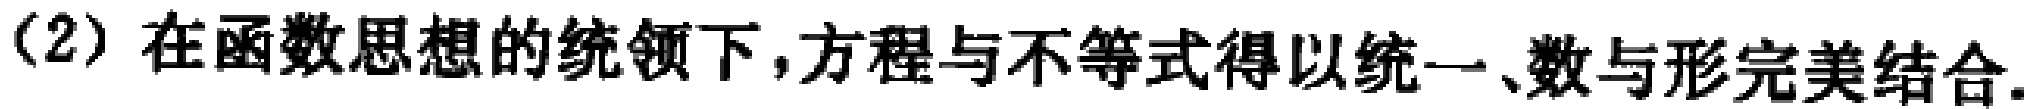
(2) 在函数思想的统领下,方程与不等式得以统一、数与形完美结合.